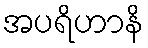
အပရိဟာနိ